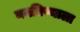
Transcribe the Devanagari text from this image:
बनविण्याला